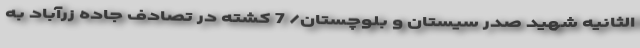
الثانیه شهید صدر سیستان و بلوچستان/ 7 کشته در تصادف جاده زرآباد به